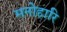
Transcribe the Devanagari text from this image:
मनोहारि